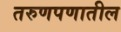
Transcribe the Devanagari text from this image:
तरुणपणातील